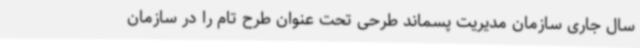
سال جاری سازمان مدیریت پسماند طرحی تحت عنوان طرح تام را در سازمان